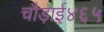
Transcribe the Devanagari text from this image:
चौड़ाई४६५